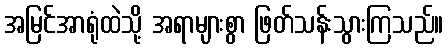
အမြင်အာရုံထဲသို့ အရာများစွာ ဖြတ်သန်းသွားကြသည်။